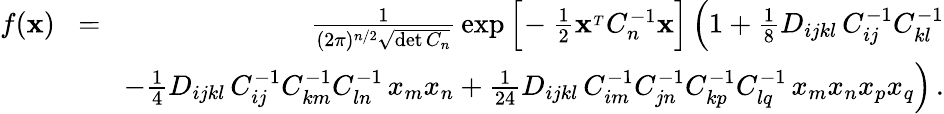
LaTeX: \begin{array}{rlr}{f({\mathbf x})}&{\! =\! }&{{\frac{1}{(2\pi)^{n/2}\sqrt{\operatorname*{det}C_{n}}}}\exp\Big[\! -{\frac{1}{2}}{\mathbf x}^{_T}C_{n}^{-1}{\mathbf x}\Big]\left(1+{\frac{1}{8}}D_{ijkl}\, C_{ij}^{-1}C_{kl}^{-1}\right.}\\ &{}&{\left.-{\frac{1}{4}}D_{ijkl}\, C_{ij}^{-1}C_{km}^{-1}C_{ln}^{-1}\, x_{m}x_{n}+{\frac{1}{24}}D_{ijkl}\, C_{im}^{-1}C_{jn}^{-1}C_{kp}^{-1}C_{lq}^{-1}\, x_{m}x_{n}x_{p}x_{q}\right)\, .}\end{array}